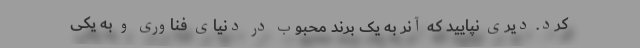
کرد. دیری نپایید که آنر به یک برند محبوب در دنیای فناوری و به یکی